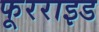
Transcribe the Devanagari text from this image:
फूरराइड